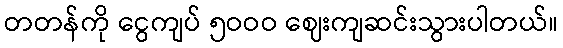
တတန်ကို ငွေကျပ် ၅ဝဝဝ ဈေးကျဆင်းသွားပါတယ်။